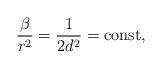
LaTeX: \begin{align*}\frac{ \beta }{ r^2 } = \frac 1{ 2 d^2 } = \mbox{const} ,\end{align*}